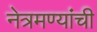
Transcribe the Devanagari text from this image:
नेत्रमण्यांची